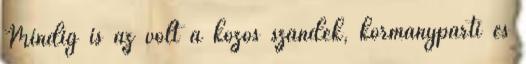
Mindig is az volt a közös szándék, kormánypárti és